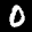
Label: 0